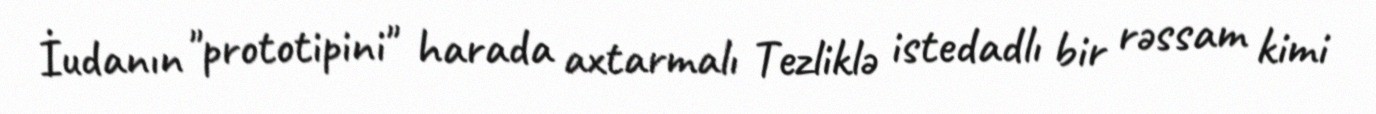
İudanın "prototipini" harada axtarmalı Tezliklə istedadlı bir rəssam kimi